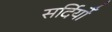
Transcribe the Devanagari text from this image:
सर्दियोँ